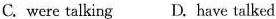
C. were talking D. have talked